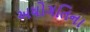
અધોગતિના